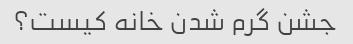
جشن گرم شدن خانه کیست؟